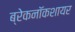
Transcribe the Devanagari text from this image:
ब्रेकनॉकशायर